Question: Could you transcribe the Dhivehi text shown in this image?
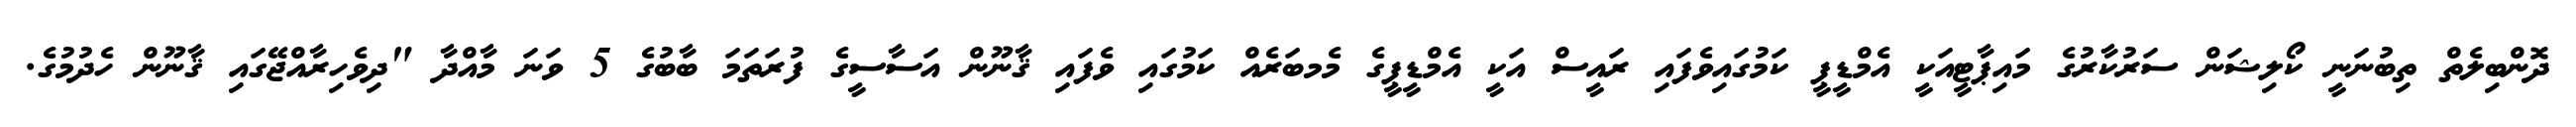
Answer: ދޮންބިލެތް ތިބުނަނީ ކޯލިޝަން ސަރުކާރުގެ މައިޕާޓީއަކީ އެމްޑީޕީ ކަމުގައިވެފައި ރައީސް އަކީ އެމްޑީޕީގެ މެމބަރެއް ކަމުގައި ވެފައި ޤާނޫން އަސާސީގެ ފުރަތަމަ ބާބުގެ 5 ވަނަ މާއްދާ "ދިވެހިރާއްޖޭގައި ޤާނޫން ހެދުމުގެ.